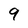
Character: 9